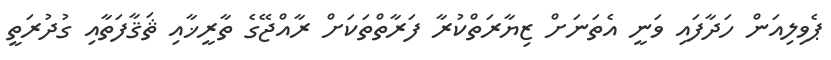
ޕެވިލިއަން ހަދާފައި ވަނީ އެތަނަށް ޒިޔާރަތްކުރާ ފަރާތްތަކަށް ރާއްޖޭގެ ތާރީޚާއި ޘަޤާފަތާއި ގުދުރަތީ